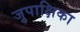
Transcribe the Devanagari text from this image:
जुपाक्षिका